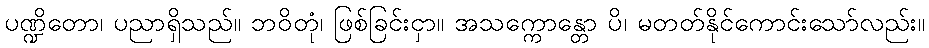
ပဏ္ဍိတော၊ ပညာရှိသည်။ ဘဝိတုံ၊ ဖြစ်ခြင်းငှာ။ အသက္ကောန္တော ပိ၊ မတတ်နိုင်ကောင်းသော်လည်း။